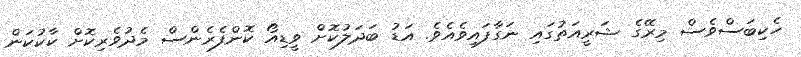
ހެކިބަސްވެސް މިރޭގެ ޝަރީއަތުގައި ނަގާފައިވެއެވެ. އަޑު ބަދަލުކޮށް ވީޑިއޯ ކޮންފެރެންސް މެދުވެރިކޮށް ކާކުކަން